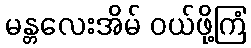
မန္တလေးအိမ် ဝယ်ဖို့ကြံ